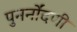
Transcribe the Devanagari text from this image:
पुनर्नोंदणी